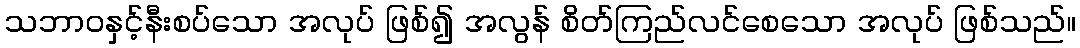
သဘာဝနှင့်နီးစပ်သော အလုပ် ဖြစ်၍ အလွန် စိတ်ကြည်လင်စေသော အလုပ် ဖြစ်သည်။